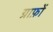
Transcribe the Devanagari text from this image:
ग्राफ़ों